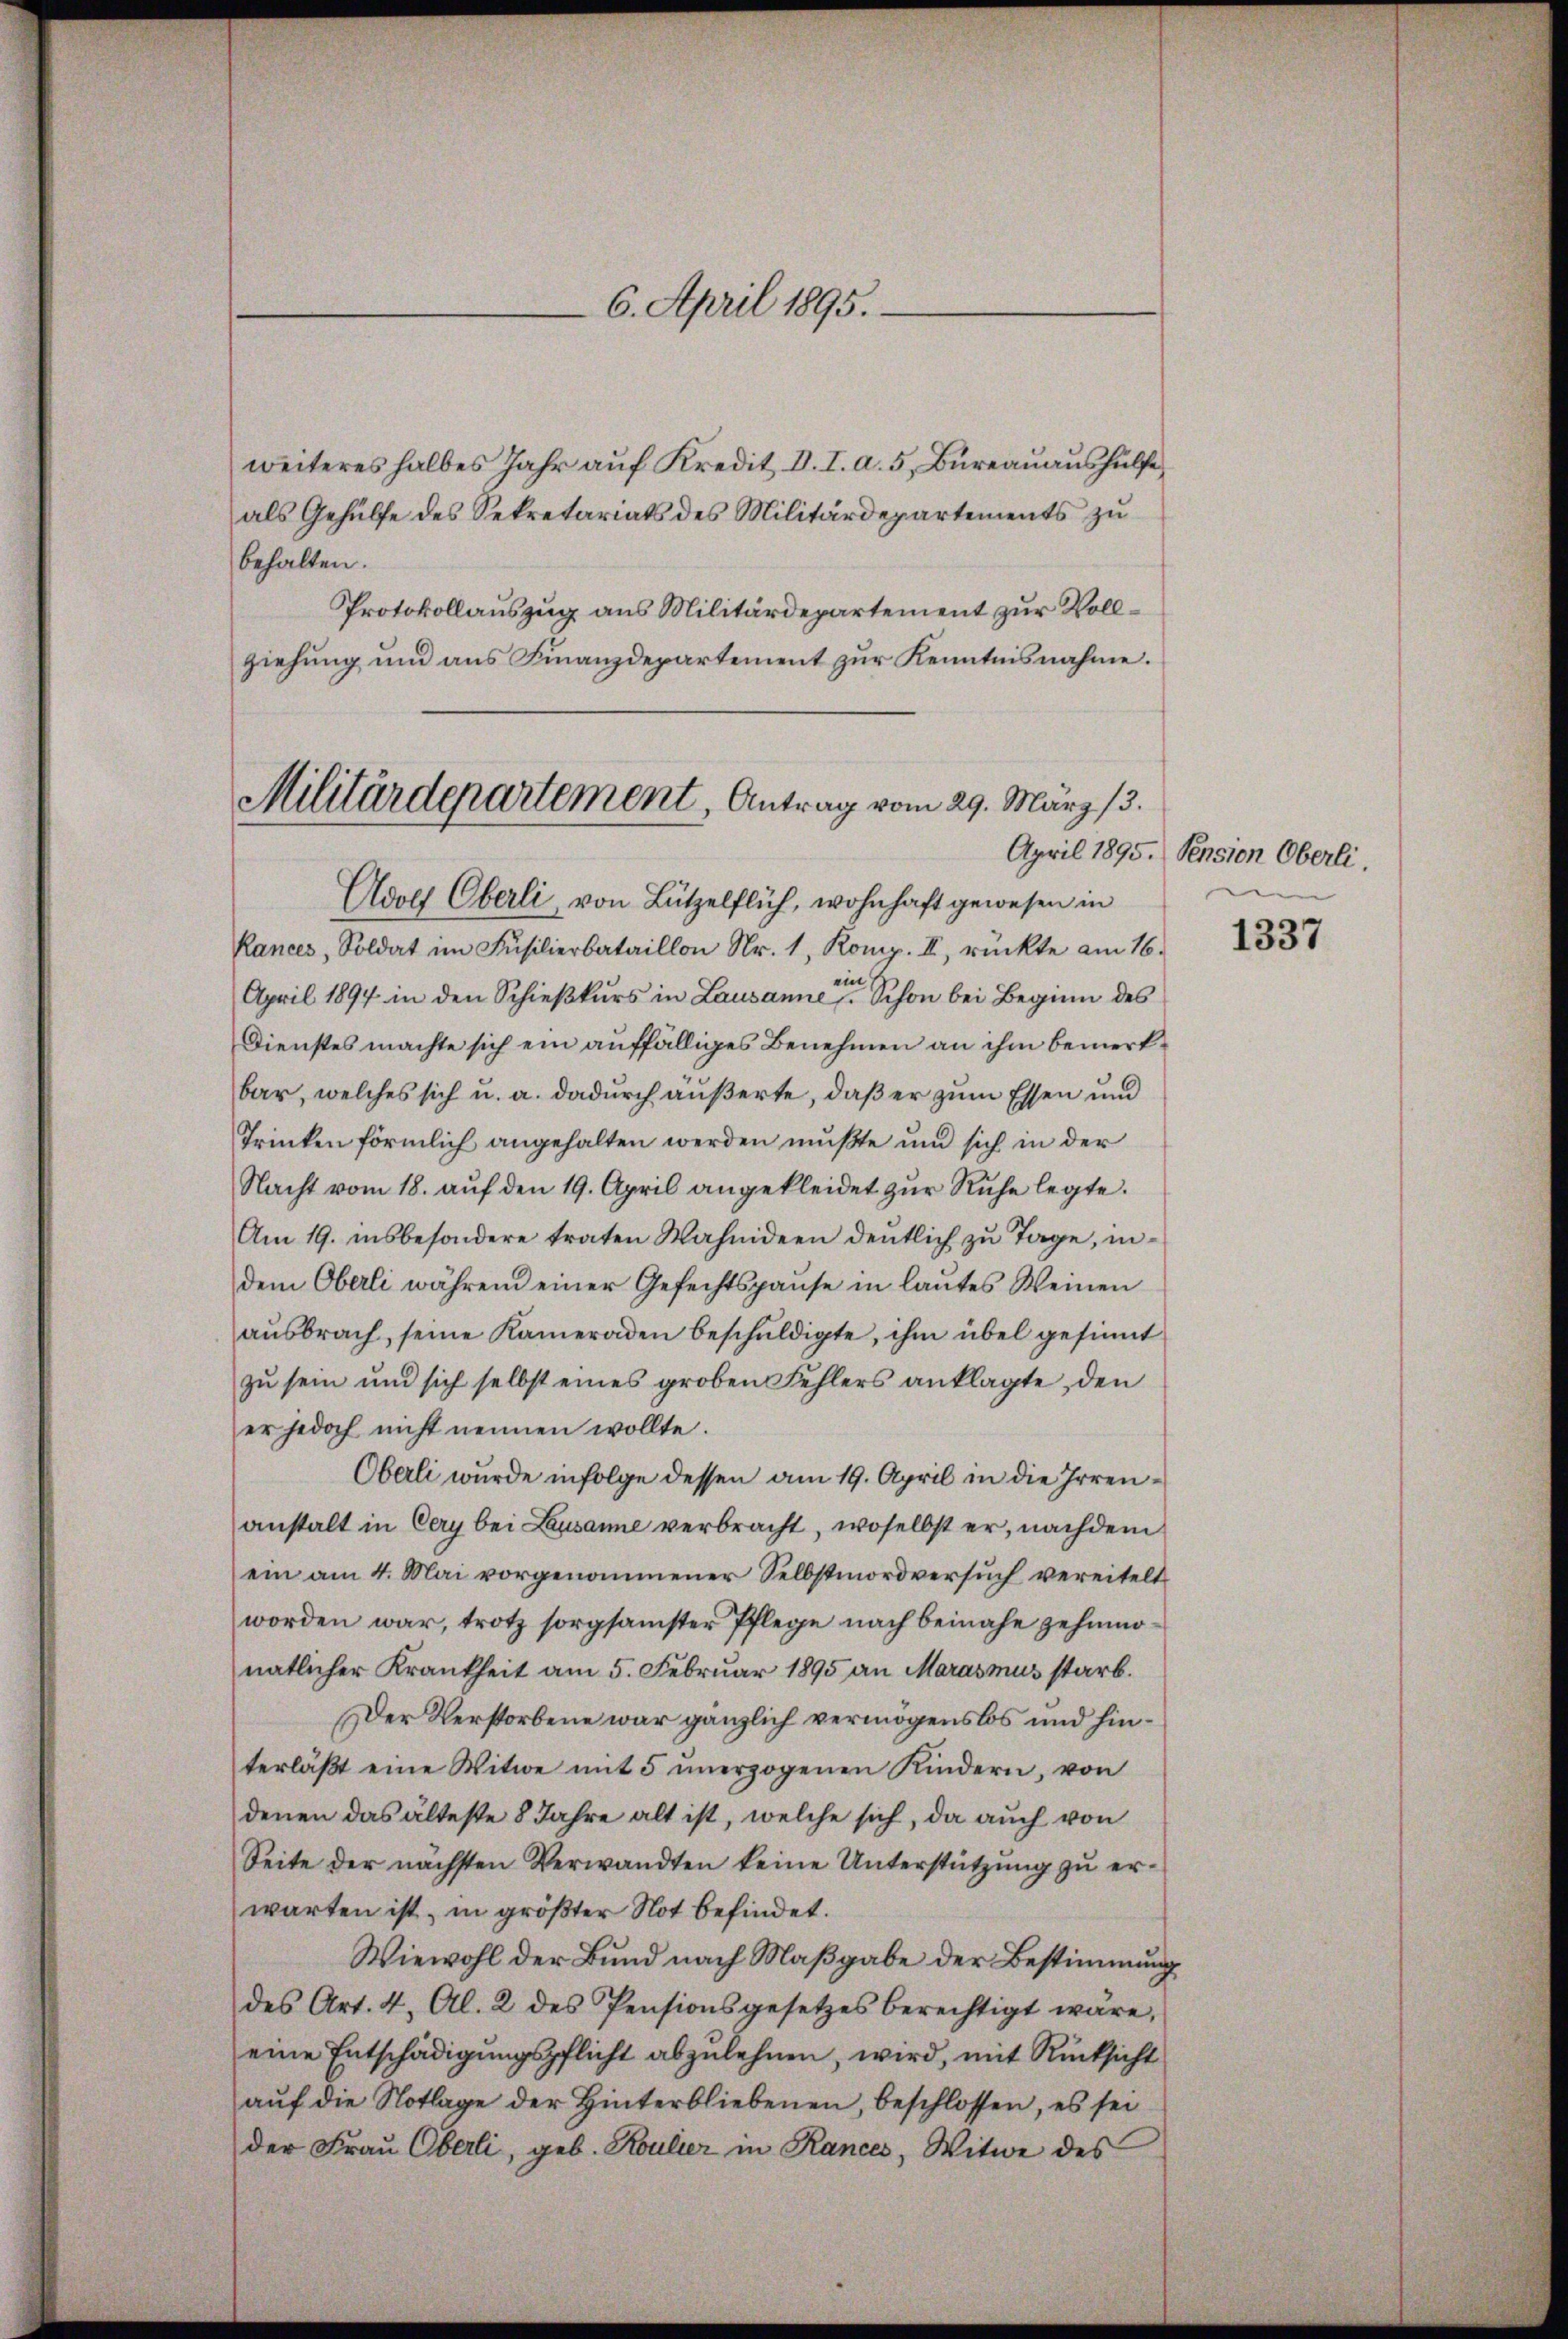
6. April 1895.

weiteres halbes Jahr auf Kredit. V. I. a. 5. Bureauaushülfe,
als Gehülfe des Sekretariats des Militärdepartements zu
behalten.
Protokollauszug aus Militärdepartement zur Vollziehung und aus Finanzdepartement zur Kenntnisnahme.

Militärdepartement, Antrag vom 29. März 13.

Adolf Oberli, von Lützelflich, wohnhaft gewesen in
Rances, Soldat im Füsilierbataillon Nr. 1, Komp. II, rückte am 16.
ein
April 1894 in den Schießkurs in Lausanne. Schon bei Beginn des
Dienstes machte sich ein auffälliges Benehmen an ihm bemerkbar, welches sich u. a. dadurch äußerte, daß er zum Essen und
Trinken förmlich angehalten werden mußte und sich in der
Nacht vom 18. aŭf den 19. April angekleidet zŭr Ruhe legte.
Am 19. insbesondere traten Wahnideen deutlich zu Tage, in-
dem Oberli während einer Gefechtspause in lautes Weinen
aŭsbrach, seine Kameraden beschŭldigte, ihm übel gesinnt
zu sein und sich selbst eines groben Fehlers anklagte, den
er jedoch nicht nennen wollte.
Oberli wurde infolge dessen am 19. April in die Irrenanstalt in Cery bei Lausanne verbracht, woselbst er, nachdem
ein am 4. Mai vorgenommener Selbstmordversuch vereitelt
worden war, trotz sorgsamster Pflege nach beinahe zehnonatlicher Krankheit am 5. Februar 1895 an Marasmus starb.
Der Verstorbene war gänzlich vermögenslos und hinterläβt eine Witwe mit 5 unerzogenen Kindern, von
denen das älteste 8 Jahre alt ist, welche sich, da auch von
Seite der nächsten Verwandten keine Unterstützung zu erwarten ist, in größter Not befindet.
Wiewohl der Bund nach Maßgabe der Bestimmung
des Art. 4, Al. 2 des Pensionsgesetzes berechtigt wäre,
eine Entschädigungspflicht abzulehnen, wird, mit Rücksicht
auf die Notlage der Hinterbliebenen, beschlossen, es sei
der Frau Oberli, geb. Koulier in Rances, Witwe des

April 1895. Pension Oberli.

1337